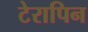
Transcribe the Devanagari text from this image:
टेरापिन